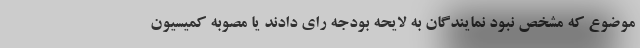
موضوع که مشخص نبود نمایندگان به لایحه بودجه رای دادند یا مصوبه کمیسیون